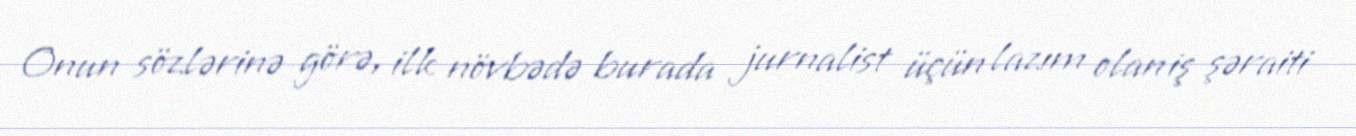
Onun sözlərinə görə, ilk növbədə burada jurnalist üçün lazım olan iş şəraiti